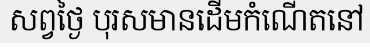
សព្វថ្ងៃ បុរសមានដើមកំណើតនៅ